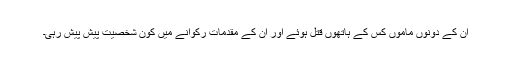
ان کے دونوں ماموں کس کے ہاتھوں قتل ہوئے اور ان کے مقدمات رکوانے میں کون شخصیت پیش پیش رہی۔